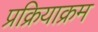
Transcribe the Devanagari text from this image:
प्रक्रियाक्रम